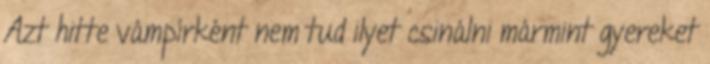
Azt hitte vámpírként nem tud ilyet csinálni mármint gyereket